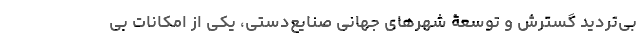
بی‌تردید گسترش و توسعۀ شهرهای جهانی صنایع‌دستی، یکی از امکانات بی